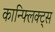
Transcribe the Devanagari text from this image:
कान्फ्लिक्ट्स